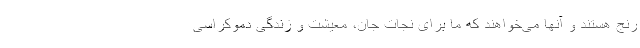
رنج هستند و آنها می‌خواهند که ما برای نجات جان، معیشت و زندگی دموکراسی